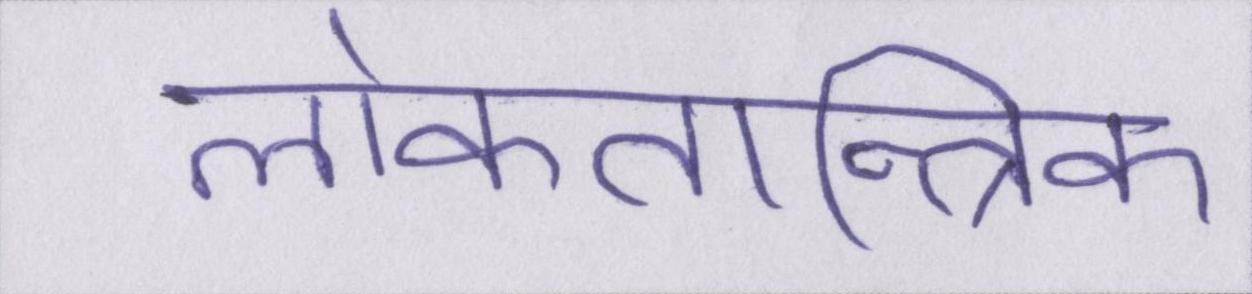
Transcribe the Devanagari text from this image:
लोकतान्त्रिक